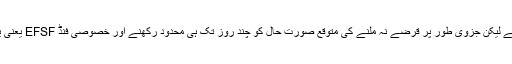
اگرچہ نجی شعبے کے مالیاتی اداروں کی شرکت ایک نئی بات ہے لیکن جزوی طور پر قرضے نہ ملنے کی متوقع صورتِ حال کو چند روز تک ہی محدود رکھنے اور خصوصی فنڈ EFSF یعنی یوروپین فنانشل سٹیبلٹی فیسلٹی کی مدد لینے کا فیصلہ کیا گیا ہے۔